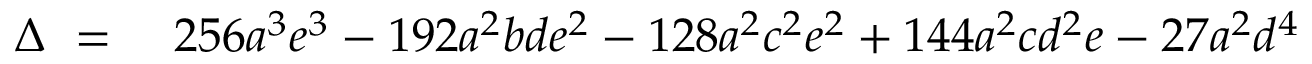
\begin{array} { r l } { \Delta \ = \ } & { { } 2 5 6 a ^ { 3 } e ^ { 3 } - 1 9 2 a ^ { 2 } b d e ^ { 2 } - 1 2 8 a ^ { 2 } c ^ { 2 } e ^ { 2 } + 1 4 4 a ^ { 2 } c d ^ { 2 } e - 2 7 a ^ { 2 } d ^ { 4 } } \end{array}